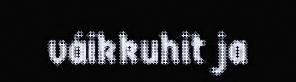
váikkuhit ja